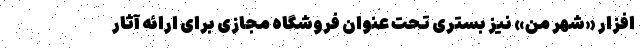
‌افزار «شهر من» نیز بستری تحت عنوان فروشگاه مجازی برای ارائه آثار